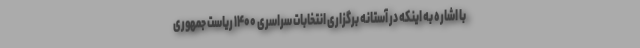
با اشاره به اینکه در آستانه برگزاری انتخابات سراسری ۱۴۰۰ ریاست جمهوری